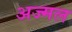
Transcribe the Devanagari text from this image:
अज्मल